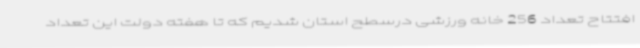
افتتاح تعداد 256 خانه ورزشی درسطح استان شدیم که تا هفته دولت این تعداد